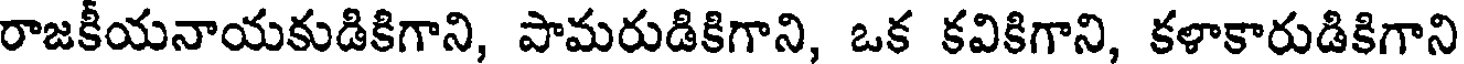
రాజకీయనాయకుడికిగాని, పామరుడికిగాని, ఒక కవికిగాని, కళాకారుడికిగాని